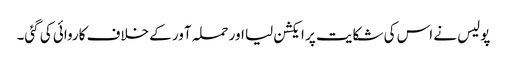
پولیس نے اس کی شکایت پر ایکشن لیا اور حملہ آور کے خلاف کاروائی کی گئی۔